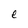
Character: e